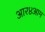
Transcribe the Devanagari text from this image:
आर४आम